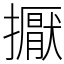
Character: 擫